Leaving Certificate Examination, 1923
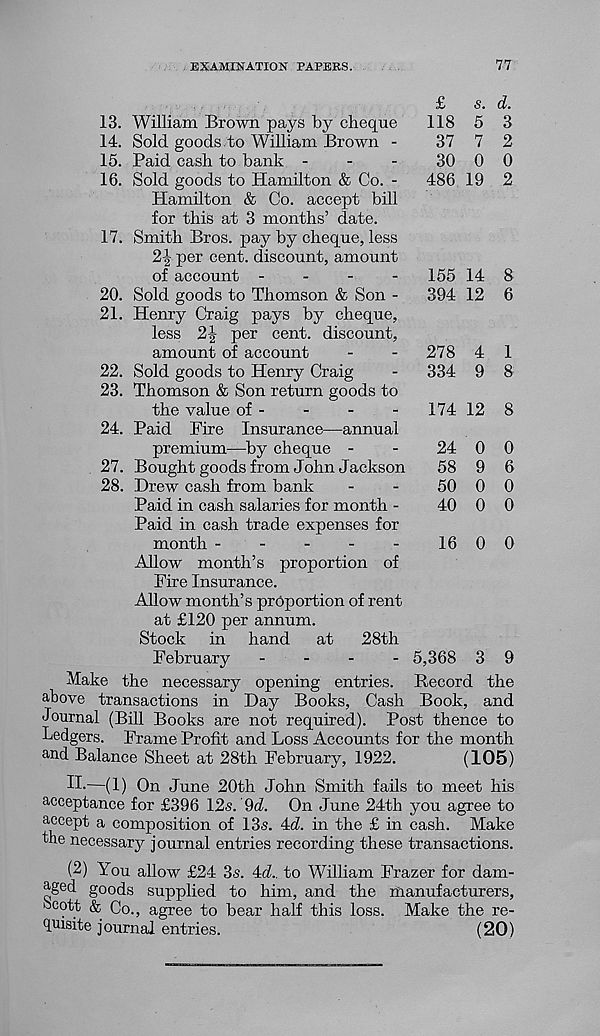
EXAMINATION PAPERS.
77
16.
17.
20.
21.
22.
23.
24.
27.
28.
£
118
37
30
486
s.
5
7
0
19
155
394
278
334
24
58
50
40
d.
3
2
0
2
14
12
4
9
174 12 8
0
9
0
0
13. William Brown pays by cheque
14. Sold goods to William Brown -
15. Paid cash to bank -
Sold goods to Hamilton & Co. -
Hamilton & Co. accept bill
for this at 3 months’ date.
Smith Bros, pay by cheque, less
2J per cent, discount, amount
of account -
-
-
-
Sold goods to Thomson & Son -
Henry Craig pays by cheque,
less 2-|- per cent, discount,
amount of account
Sold goods to Henry Craig
Thomson & Son return goods to
the value of -
Paid Fire Insurance—annual
premium—by cheque -
Bought goods from John Jackson
Drew cash from bank
Paid in cash salaries for month -
Paid in cash trade expenses for
month
Allow month’s proportion of
Fire Insurance.
Allow month’s proportion of rent
at £120 per annum.
Stock in hand
at
28th
February
-
-
-
Make the necessary opening entries,
above transactions in Day Books, Cash
Journal (Bill Books are not required). Post thence to
Ledgers. Frame Profit and Loss Accounts for the month
and Balance Sheet at 28th February, 1922.
(105)
II-—(1) On June 20th John Smith fails to meet his
acceptance for £396 12.?. 9d. On June 24th you agree to
accept a composition of 13s. 4d. in the £ in cash. Make
the necessary journal entries recording these transactions.
(2) You allow £24 3s. 4d.. to William Frazer for dam-
aged goods supplied to him, and the manufacturers,
bcott & Co., agree to bear half this loss. Make the re-
quisite journal entries.
(20)
16 0 0
- 5,368 3 9
Record the
Book, and